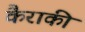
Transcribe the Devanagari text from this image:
कैराकी